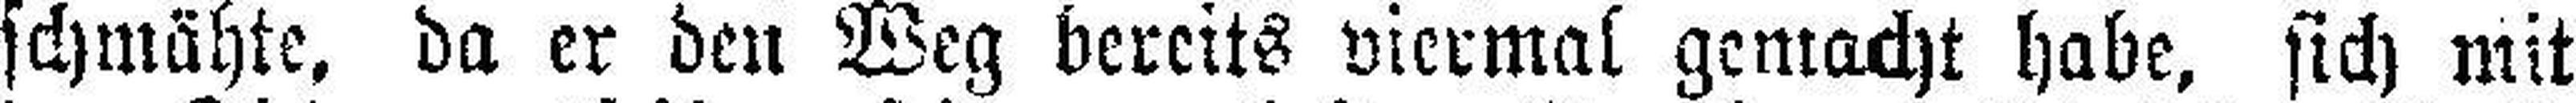
schmähte, da er den Weg bereits viermal gemacht habe, sich mit